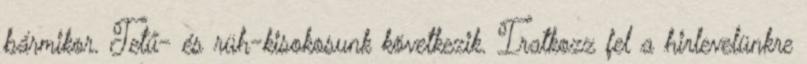
bármikor. Tetű- és rüh-kisokosunk következik. Iratkozz fel a hirlevelünkre